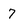
Character: 7